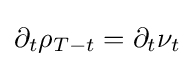
\partial _{t}\rho _{T-t}=\partial _{t}\nu _{t}